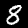
Digit: 8